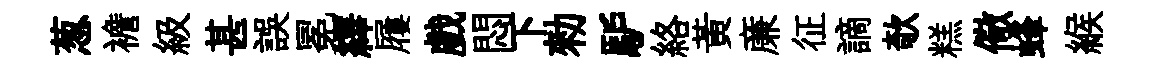
葱襜級甚誤冕繹屨戲悶下勑馿絡黄亷征謫欹糕儆蜂緱